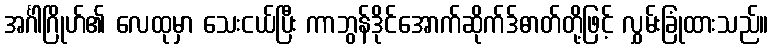
အင်္ဂါဂြိုဟ်၏ လေထုမှာ သေးငယ်ပြီး ကာဘွန်ဒိုင်အောက်ဆိုက်ဒ်ဓာတ်တို့ဖြင့် လွှမ်းခြုံထားသည်။